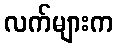
လက်များက